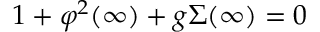
1 + \varphi ^ { 2 } ( \infty ) + g \Sigma ( \infty ) = 0